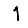
Digit: 1